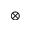
\otimes